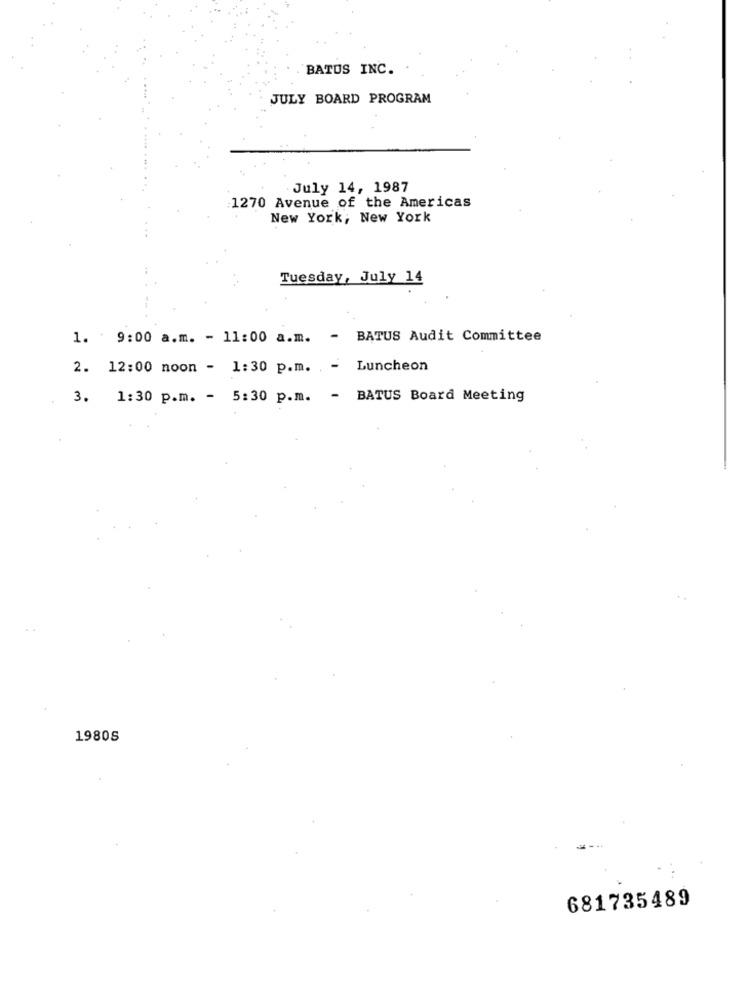
BATUS INC.
JULY BOARD PROGRAM
July 14, 1987
1270 Avenue of the Americas
New York, New York
Tuesday, July 14
1. 9:00 a.m. - 11:00 a.m. - BATUS Audit Committee
2. 12:00 noon - 1:30 p.m. - Luncheon
3.
1:30 p.m. - 5:30 p.m. - BATUS Board Meeting
1980S
681735489